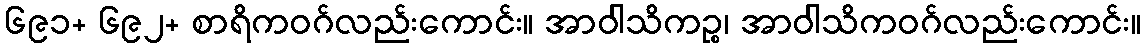
၆၉၁+ ၆၉၂+ စာရိကဝဂ်လည်းကောင်း။ အာဝါသိကဉ္စ၊ အာဝါသိကဝဂ်လည်းကောင်း။